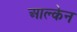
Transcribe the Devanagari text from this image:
आल्केन